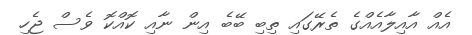
އެއް އާއިލާއެއްގެ ތެރޭގައި ތިބި ބޭބެ އިން ނާއި ކޮއްކޮ ވެސް ޖެހި